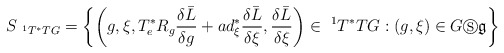
\begin{align*}S_{\ ^{1}T^{\ast }TG}=\left\{ \left( g,\xi ,T_{e}^{\ast}R_{g}\frac{\delta\bar{L}}{\delta g}+ad_{\xi }^{\ast }\frac{\delta \bar{L}}{\delta \xi },\frac{\delta \bar{L}}{\delta \xi }\right) \in \ ^{1}T^{\ast }TG:\left(g,\xi \right) \in G\circledS \mathfrak{g}\right\} \end{align*}